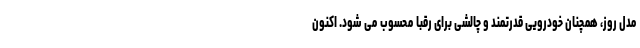
مدل روز، همچنان خودرویی قدرتمند و چالشی برای رقبا محسوب می شود. اکنون